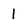
Character: l